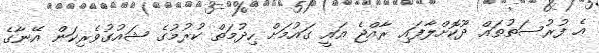
އެ ފުރުސަތުތައް ދޫކޮށްލާފައި ރާއްޖެ އައީ ގައުމަށް ހިދުމަތް ކުރުމުގެ ޝައުގުވެރިކަން އޭނާގެ